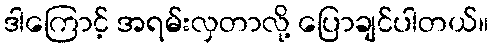
ဒါကြောင့် အရမ်းလှတာလို့ ပြောချင်ပါတယ်။